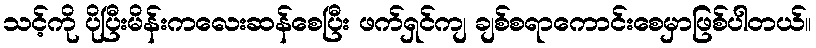
သင့်ကို ပိုပြီးမိန်းကလေးဆန်စေပြီး ဖက်ရှင်ကျ ချစ်စရာကောင်းစေမှာဖြစ်ပါတယ်။